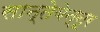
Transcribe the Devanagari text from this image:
सान्तेबेन्नूर